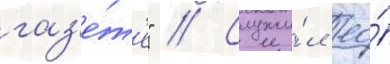
газ'е́т'е" // Служи́л ео́